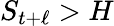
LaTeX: S_{t+\ell}>H